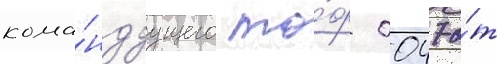
кома́ндуущего то́ф 0047 о́т